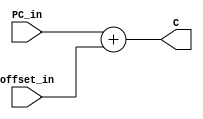
module adder

	#(parameter operand_width = 32)

(PC_in, offset_in, C);

	input signed [operand_width-1:0] PC_in, offset_in;
	output reg signed [operand_width-1:0] C;
	
	always@(PC_in, offset_in) C <= PC_in + offset_in;

endmodule